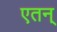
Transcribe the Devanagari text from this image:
एतन्‌